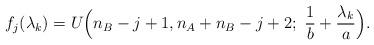
LaTeX: \begin{align*}f_j(\lambda_k)=U\Big(n_B -j+1,n_A+n_B-j+2;~\frac{1}{b}+\frac{\lambda_k}{a}\Big).\end{align*}